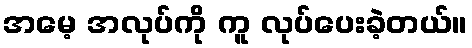
အမေ့ အလုပ်ကို ကူ လုပ်ပေးခဲ့တယ်။